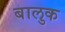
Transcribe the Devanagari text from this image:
बालुक